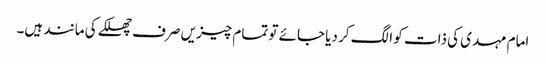
امام مہدی کی ذات کو الگ کر دیا جائے تو تمام چیزیں صرف چھلکے کی مانند ہیں۔